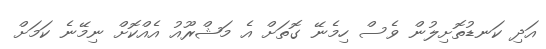
އަދި ކަނޑުތޮށިލުން ވެސް ހިމެނޭ ގޮތަށް އެ މަޝްރޫއު އެއްކޮށް ނިމޭނެ ކަމަށް